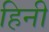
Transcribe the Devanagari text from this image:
हिनी